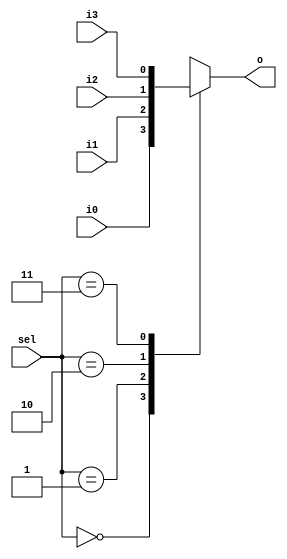
//Desinged by Pavan V L
module mux41(i0,i1,i2,i3,sel,o);
input i0,i1,i2,i3;
input [1:0]sel;
output reg o;

always @ (*) begin
case(sel)
2'd0:o=i0;
2'd1:o=i1;
2'd2:o=i2;
2'd3:o=i3;
default:;
endcase
end

endmodule